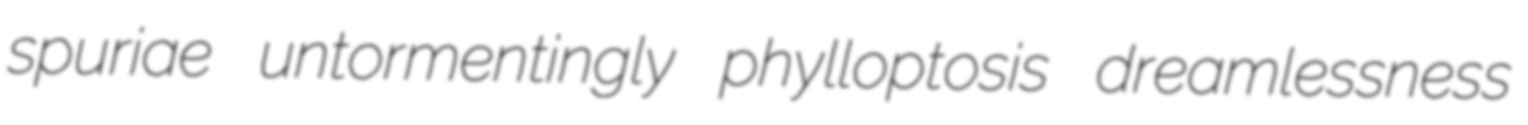
spuriae untormentingly phylloptosis dreamlessness